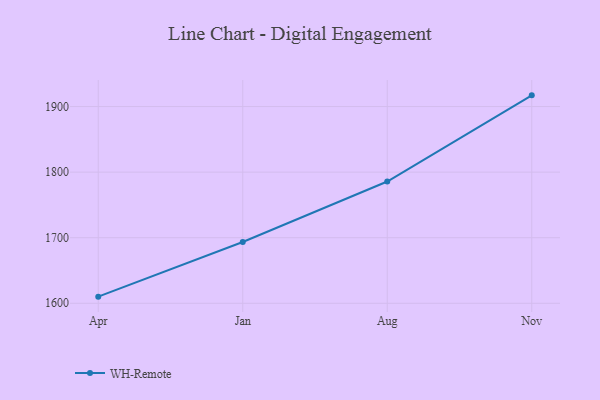
{"axis": {"x": "Month", "y": "Conversion Rate (%)"}, "legend": ["WH-Remote"], "data": [{"x": "Apr", "y": 1610.1, "type": "WH-Remote"}, {"x": "Jan", "y": 1693.4, "type": "WH-Remote"}, {"x": "Aug", "y": 1785.7, "type": "WH-Remote"}, {"x": "Nov", "y": 1917.1, "type": "WH-Remote"}]}